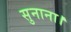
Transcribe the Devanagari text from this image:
सुनाना।